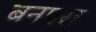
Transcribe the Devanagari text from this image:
बनपरा